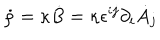
LaTeX: \dot { \rho } = \kappa \dot { B } = \kappa \epsilon ^ { i j } \partial _ { i } \dot { A } _ { j }